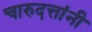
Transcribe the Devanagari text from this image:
चारुदत्तांनी